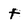
Character: t